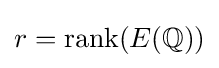
r=\operatorname {rank} (E(\mathbb {Q} ))